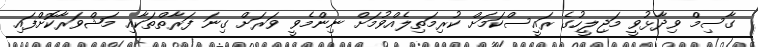
ގާސިމް ވިދާޅުވީ މަޖިލީހުގެ ރައީސްކަމަށް ކުރިމަތިލެއްވުމަށް ނިންމެވީ ވަރަށް ގިނަ ފަރާތްތަކާއި މަޝްވަރާކޮށްފައި